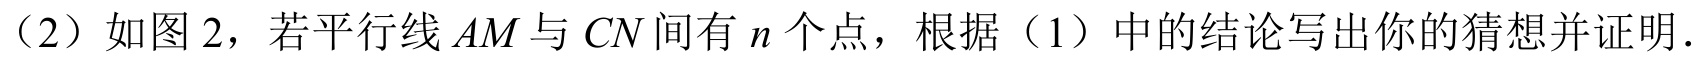
（2）如图 2，若平行线\(AM\)与\(CN\)间有\(n\)个点，根据（1）中的结论写出你的猜想并证明.